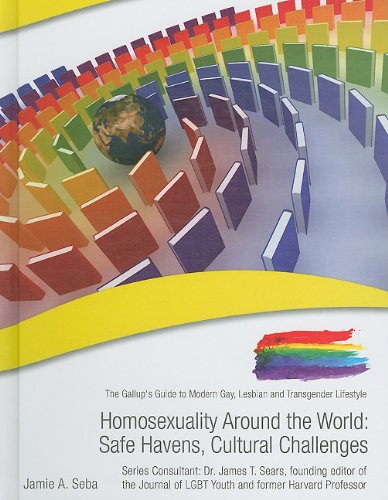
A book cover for Homosexuality Around the World: Safe Havens, Cultural Challenges (Gallup's Guide to Modern Gay, Lesbian and Transgender Lifestyle); Jaime A. Seba; Teen & Young Adult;